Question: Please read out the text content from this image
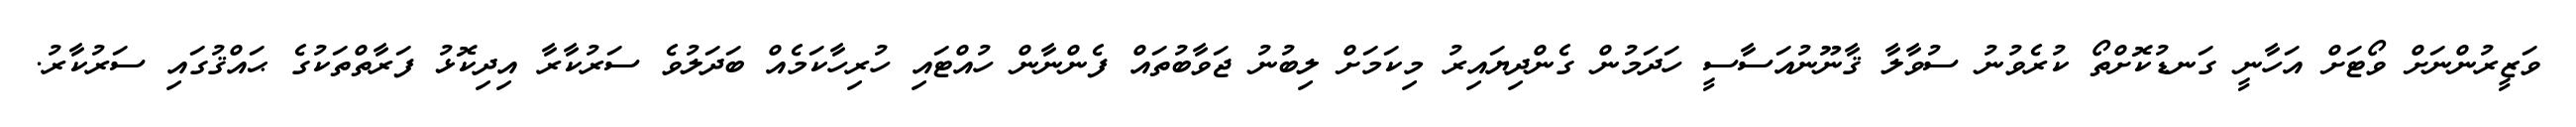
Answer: ވަޒީރުންނަށް ވޯޓަށް އަހާނީ ގަނޑުކޮށްތޯ ކުރެވުނު ސުވާލާ ޤާނޫނުއަސާސީ ހަދަމުން ގެންދިޔައިރު މިކަމަށް ލިބުނު ޖަވާބުތައް ފެންނާން ހުއްޓައި ހުރިހާކަމެއް ބަދަލުވެ ސަރުކާރާ އިދިކޮޅު ފަރާތްތަކުގެ ޙައްޤުގައި ސަރުކާރު.